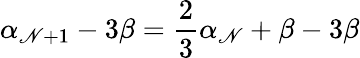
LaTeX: \alpha_{\mathscr{N}+1}-3\beta=\frac{{2}}{{3}}\alpha_{\mathscr{N}}+\beta-3\beta